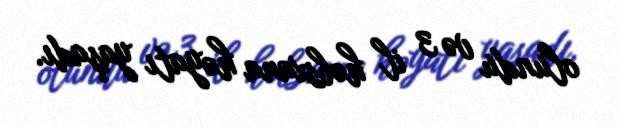
olundu və 3 il həbsxana həyatı yaşadı.